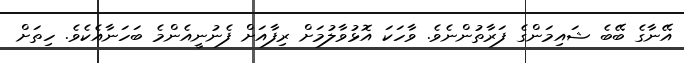
އޭނާގެ ބޭބެ ޝައިމަންގެ ފަރާތުންނެވެ. ވާހަކަ އޮޅުވާލުމަށް ރިފާއަށް ފެނުނީއެންމެ ބަހަނާއެކެވެ. ހިތަށް